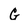
Character: G